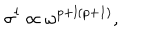
LaTeX: \sigma ^ { l } \propto \omega ^ { p + l ( p + 1 ) } ,